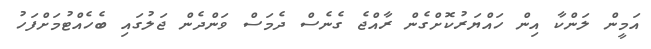
އަމީން ލަންކާ އިން ހައްޔަރުކޮށްގެން ރާއްޖެ ގެނެސް ދެމަަސް ވަންދެން ޖަލުގައި ބެހެއްޓުމަށްފަހު